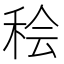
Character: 𫞷